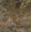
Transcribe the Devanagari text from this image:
चेन्दन्